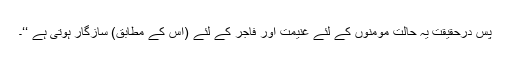
پس درحقیقت یہ حالت مومنوں کے لئے غنیمت اور فاجر کے لئے (اس کے مطابق) سازگار ہوتی ہے ‘‘۔